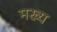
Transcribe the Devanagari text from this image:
मख्य